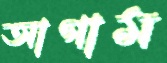
আগাম